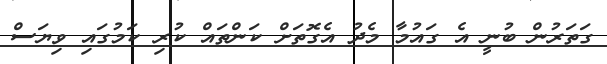
ގަތަރުން ބުނީ އެ ގައުމާ މެދު އެގޮތަށް ކަންތައް ކުރި ކަމުގައި ވިޔަސް